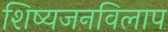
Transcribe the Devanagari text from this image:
शिष्यजनविलाप